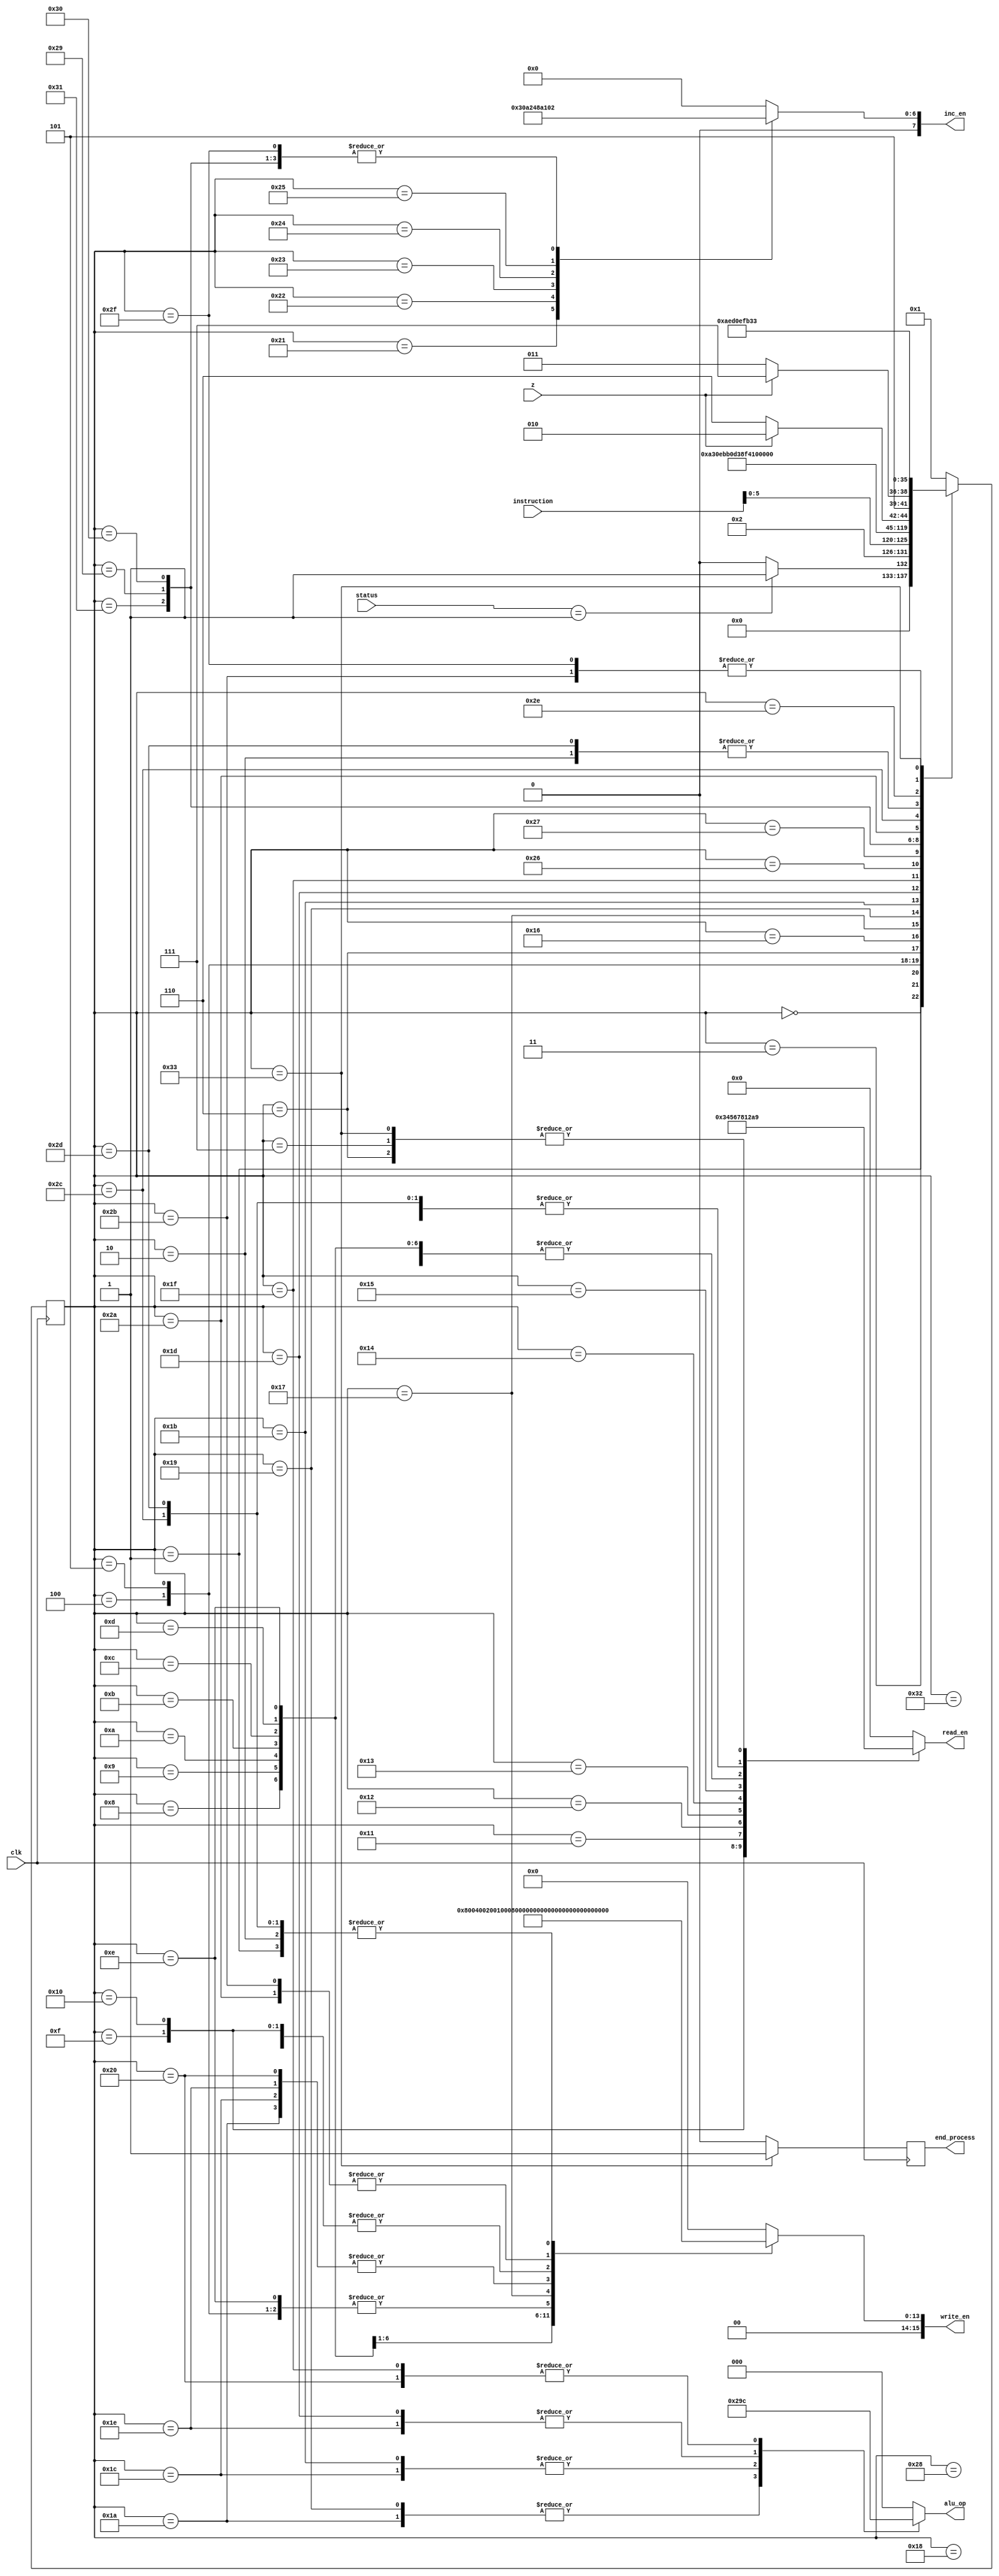
module control(
    input             clk, z,
    input      [15:0] instruction,
    input      [1:0]  status,
    output reg [2:0]  alu_op,
    output reg [7:0]  inc_en,
    output reg [15:0] write_en,
    output reg [3:0]  read_en,
    output reg        end_process
    );
    
    reg [5:0] present = 6'd0;
    reg [5:0] next    = 6'd0;
    
    parameter
    idle       = 6'd0,
    fetch1     = 6'd1,
    fetch2     = 6'd2,
    fetch3     = 6'd3,
    loadac1    = 6'd4,
    loadac2    = 6'd5,
    loadac3    = 6'd6,
    loadac4    = 6'd7,
    movacr     = 6'd8,
    movacr1    = 6'd9,
    movacr2    = 6'd10,
    movacr3    = 6'd11,
    movacr4    = 6'd12,
    movacr5    = 6'd13,
    movacdar   = 6'd14,
    movrac     = 6'd15,
    movr1ac    = 6'd16,
    movr2ac    = 6'd17,
    movr3ac    = 6'd18,
    movr4ac    = 6'd19,
    movr5ac    = 6'd20,
    movdarac   = 6'd21,
    stac1      = 6'd22,
    stac2      = 6'd23,
    stac3      = 6'd24,
    add1       = 6'd25,
    add2       = 6'd26,
    sub1       = 6'd27,
    sub2       = 6'd28,
    lshift1    = 6'd29,
    lshift2    = 6'd30,
    rshift1    = 6'd31,
    rshift2    = 6'd32,
    incac      = 6'd33,
    incdar     = 6'd34,
    incr1      = 6'd35,
    incr2      = 6'd36,
    incr3      = 6'd37,
    loadim1    = 6'd38,
    loadim2    = 6'd39,
    loadim3    = 6'd40,
    jumpz1     = 6'd41,
    jumpz2     = 6'd42,
    jumpz3     = 6'd43,
    jumpz4     = 6'd44,
    jumpz5     = 6'd45,
    jumpz6     = 6'd46,
    jumpz7     = 6'd47,
    jumpnz1    = 6'd48,
    jump       = 6'd49,
    nop        = 6'd50,
    endop      = 6'd51;
    
    always @(posedge clk)
        present <= next;
    
    always @(posedge clk) begin
        if (present == endop)
        end_process <= 1'd1;
        else
        end_process <= 1'd0;
    end
    
    always @(present or z or instruction or status)
    case(present)
        idle: begin
            read_en  <=  4'd0;
            write_en <= 16'b0000000000000000;
            inc_en   <=  8'b00000000;
            alu_op   <=  3'd0;
            if (status == 2'b01)
                next <= fetch1;
            else
                next <= idle;
        end

        fetch1: begin
            read_en  <=  4'd10;
            write_en <= 16'b0000000000001000;
            inc_en   <=  8'b00000000;
            alu_op   <=  3'd0;
            next     <= fetch2;
        end

        fetch2: begin
            read_en  <=  4'd10;
            write_en <= 16'b0000000000001000;
            inc_en   <=  8'b00000000;
            alu_op   <=  3'd0;
            next     <= fetch3;
        end

        fetch3: begin
            read_en  <=  4'd10;
            write_en <= 16'b0000000000000000;
            inc_en   <=  8'b00000000;
            alu_op   <=  3'd0;
            next     <= instruction [5:0];
        end

        loadac1: begin 
            read_en  <=  4'd2;
            write_en <= 16'b0000000000000100;
            inc_en   <=  8'b00000000;
            alu_op   <=  3'd0;
            next     <= loadac2;
        end

        loadac2 : begin 
            read_en  <=  4'd2;
            write_en <= 16'b0000000000000100;
            inc_en   <=  8'b00000000;
            alu_op   <=  3'd0;
            next     <= loadac3;
        end

        loadac3 : begin
            read_en  <=  4'd9;
            write_en <= 16'b0000000000010000; 
            inc_en   <=  8'b00000000;
            alu_op   <=  3'd0;
            next     <= loadac4;
        end

        loadac4: begin
            read_en  <=  4'd9;
            write_en <= 16'b0000000000010000; 
            inc_en   <=  8'b00000010;
            alu_op   <=  3'd0;
            next     <= fetch1;
        end

        movacr: begin
            read_en  <=  4'd2;
            write_en <= 16'b0000000000100000;
            inc_en   <=  8'b00000010;
            alu_op   <=  3'd0;
            next     <= fetch1;
        end

        movacr1: begin
            read_en  <=  4'd2;
            write_en <= 16'b0000000001000000;
            inc_en   <=  8'b00000010;
            alu_op   <=  3'd0;
            next     <= fetch1;
        end

        movacr2: begin
            read_en  <=  4'd2;
            write_en <= 16'b0000000010000000;
            inc_en   <=  8'b00000010;
            alu_op   <=  3'd0;
            next     <= fetch1;
        end

        movacr3: begin
            read_en  <=  4'd2;
            write_en <= 16'b0000000100000000;
            inc_en   <=  8'b00000010;
            alu_op   <=  3'd0;
            next     <= fetch1;
        end

        movacr4: begin
            read_en  <=  4'd2;
            write_en <= 16'b0000001000000000;
            inc_en   <=  8'b00000010;
            alu_op   <=  3'd0;
            next     <= fetch1;
        end

        movacr5: begin
            read_en  <=  4'd2;
            write_en <= 16'b0000010000000000;
            inc_en   <=  8'b00000010;
            alu_op   <=  3'd0;
            next     <= fetch1;
         end

         movacdar : begin
            read_en  <=  4'd2;
            write_en <= 16'b0000000000000100;
            inc_en   <=  8'b00000010;
            alu_op   <=  3'd0;
            next     <= fetch1;
         end

         movrac: begin
            read_en  <=  4'd3;
            write_en <= 16'b0000000000010000;
            inc_en   <=  8'b00000010;
            alu_op   <=  3'd0;
            next     <= fetch1;
         end

         movr1ac: begin
            read_en  <=  4'd4;
            write_en <= 16'b0000000000010000;
            inc_en   <=  8'b00000010;
            alu_op   <=  3'd0;
            next     <= fetch1;
         end

         movr2ac: begin
            read_en  <=  4'd5;
            write_en <= 16'b0000000000010000;
            inc_en   <=  8'b00000010;
            alu_op   <=  3'd0;
            next     <= fetch1;
         end

         movr3ac: begin
            read_en  <=  4'd6;
            write_en <= 16'b0000000000010000;
            inc_en   <=  8'b00000010;
            alu_op   <=  3'd0;
            next     <= fetch1;
         end

         movr4ac: begin
            read_en  <=  4'd7;
            write_en <= 16'b0000000000010000;
            inc_en   <=  8'b00000010;
            alu_op   <=  3'd0;
            next     <= fetch1;
         end

         movr5ac: begin
            read_en  <=  4'd8;
            write_en <= 16'b0000000000010000;
            inc_en   <=  8'b00000010;
            alu_op   <=  3'd0;
            next     <= fetch1;
         end

         movdarac : begin
            read_en  <=  4'd1;
            write_en <= 16'b0000000000010000;
            inc_en   <=  8'b00000010;
            alu_op   <=  3'd0;
            next     <= fetch1;
         end

         stac1: begin
            read_en  <=  4'd2;
            write_en <= 16'b0000000000000000;
            inc_en   <=  8'b00000000;
            alu_op   <=  3'd0;
            next     <= stac2;
         end

         stac2: begin
            read_en  <=  4'd2;
            write_en <= 16'b0000100000000000;
            inc_en   <=  8'b00000000;
            alu_op   <=  3'd0;
            next     <= stac3;
         end

         stac3: begin
            read_en  <=  4'd2;
            write_en <= 16'b0000000000000000;
            inc_en   <=  8'b00000010;
            alu_op   <=  3'd0;
            next     <= fetch1;
         end

         add1: begin
            read_en  <=  4'd0;
            write_en <= 16'b0000000000000000;
            inc_en   <=  8'b00000000;
            alu_op   <=  3'd1;
            next     <= add2;
         end

         add2: begin
            read_en  <=  4'd0;
            write_en <= 16'b0010000000000000;
            inc_en   <=  8'b00000010;
            alu_op   <=  3'd1;
            next     <= fetch1;
         end

         sub1: begin
            read_en  <=  4'd0;
            write_en <= 16'b0000000000000000;
            inc_en   <=  8'b00000000;
            alu_op   <=  3'd2;
            next     <= sub2;
         end

         sub2: begin
            read_en  <=  4'd0;
            write_en <= 16'b0010000000000000;
            inc_en   <=  8'b00000010;
            alu_op   <=  3'd2;
            next     <= fetch1;
         end

         lshift1: begin
            read_en  <=  4'd0;
            write_en <= 16'b0000000000000000;
            inc_en   <=  8'b00000000;
            alu_op   <=  3'd3;
            next     <= lshift2;
         end

         lshift2: begin
            read_en  <=  4'd0;
            write_en <= 16'b0010000000000000;
            inc_en   <=  8'b00000010;
            alu_op   <=  3'd3;
            next     <= fetch1;
         end

         rshift1: begin
            read_en  <=  4'd0;
            write_en <= 16'b0000000000000000;
            inc_en   <=  8'b00000000;
            alu_op   <=  3'd4;
            next     <= rshift2;
         end

         rshift2: begin
            read_en  <=  4'd0;
            write_en <= 16'b0010000000000000;
            inc_en   <=  8'b00000010;
            alu_op   <=  3'd4;
            next     <= fetch1;
         end

         incac: begin
            read_en  <=  4'd0;
            write_en <= 16'b0000000000000000;
            inc_en   <=  8'b00000110;
            alu_op   <=  3'd0;
            next     <= fetch1;
         end
            
         incdar: begin
            read_en  <=  4'd0;
            write_en <= 16'b0000000000000000;
            inc_en   <=  8'b00001010;
            alu_op   <=  3'd0;
            next     <= fetch1;
         end

         incr1: begin
            read_en  <=  4'd0;
            write_en <= 16'b0000000000000000;
            inc_en   <=  8'b00010010;
            alu_op   <=  3'd0;
            next     <= fetch1;
         end

         incr2: begin
            read_en  <=  4'd0;
            write_en <= 16'b0000000000000000;
            inc_en   <=  8'b00100010;
            alu_op   <=  3'd0;
            next     <= fetch1;
         end

         incr3: begin
            read_en  <=  4'd0;
            write_en <= 16'b0000000000000000;
            inc_en   <=  8'b01000010;
            alu_op   <=  3'd0;
            next     <= fetch1;
         end

         loadim1: begin
            read_en  <=  4'd0;
            write_en <= 16'b0000000000000000;
            inc_en   <=  8'b00000010;
            alu_op   <=  3'd0;
            next     <= loadim2;
         end

         loadim2: begin
            read_en  <=  4'd10;
            write_en <= 16'b0000000000000000;
            inc_en   <=  8'b00000000;
            alu_op   <=  3'd0;
            next     <= loadim3;
         end

         loadim3: begin
            read_en  <=  4'd10;
            write_en <= 16'b0000000000010000;
            inc_en   <=  8'b00000010;
            alu_op   <=  3'd0;
            next     <= fetch1;
         end

         jump: begin
            read_en  <=  4'd0;
            write_en <= 16'b0000000000000000;
            inc_en   <=  8'b00000010;
            alu_op   <=  3'd0;
            next     <= jumpz2;
         end
            
         jumpz1: begin
            read_en  <=  4'd0;
            write_en <= 16'b0000000000000000;
            inc_en   <=  8'b00000010;
            alu_op   <=  3'd0;
            if (z == 1)
                next <= jumpz2;
            else
                next <= jumpz6;
         end

         jumpnz1: begin
            read_en  <=  4'd0;
            write_en <= 16'b0000000000000000;
            inc_en   <=  8'b00000010;
            alu_op <=  3'd0;
            if (z == 0)
                next <= jumpz3;
            else
                next <= jumpz7;
         end

         jumpz2: begin
            read_en  <=  4'd10;
            write_en <= 16'b0000000000000010;
            inc_en   <=  8'b00000000;
            alu_op   <=  3'd0;
            next     <= jumpz3;
         end

         jumpz3: begin
            read_en  <=  4'd10;
            write_en <= 16'b0000000000000010;
            inc_en   <=  8'b00000000;
            alu_op   <=  3'd0;
            next     <= jumpz4;
         end

         jumpz4: begin
            read_en  <=  4'd10;
            write_en <= 16'b0000000000001000;
            inc_en   <=  8'b00000000;
            alu_op   <=  3'd0;
            next     <= jumpz5;
         end

         jumpz5: begin
            read_en  <=  4'd10;
            write_en <= 16'b0000000000001000;
            inc_en   <=  8'b00000000;
            alu_op   <=  3'd0;
            next     <= fetch3;
         end

         jumpz6: begin
            read_en  <=  4'd0;
            write_en <= 16'b0000000000000000;
            inc_en   <=  8'b00000000;
            alu_op   <=  3'd0;
            next     <= jumpz7;
         end
            
         jumpz7: begin
            read_en  <=  4'd0;
            write_en <= 16'b0000000000000000;
            inc_en  <= 16'b00000010;
            alu_op  <=  3'd0;
            next    <= jumpz4;
        end

        nop: begin
            read_en  <=  4'd0;
            write_en <= 16'b0000000000000000;
            inc_en   <=  8'b00000010;
            alu_op   <=  3'd0;
            next     <= fetch1;
        end

        endop: begin
            read_en  <=  4'd9;
            write_en <= 16'b0000000000000000;
            inc_en   <=  8'b00000000;
            alu_op   <=  3'd0;
            next     <= endop;
        end

        default: begin
            read_en  <=  4'd0;
            write_en <= 16'b0000000000000000;
            inc_en   <=  8'b00000000;
            alu_op   <=  3'd0;
            next     <= fetch1;
        end        
    endcase
endmodule